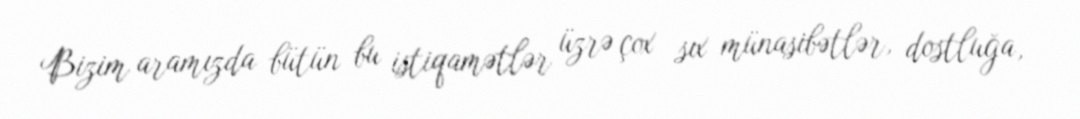
Bizim aramızda bütün bu istiqamətlər üzrə çox sıx münasibətlər, dostluğa,